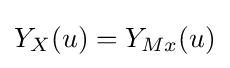
Y_{X}(u)=Y_{Mx}(u)